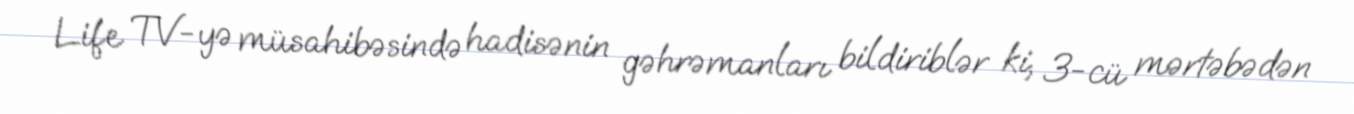
Life TV-yə müsahibəsində hadisənin gəhrəmanları bildiriblər ki, 3-cü mərtəbədən